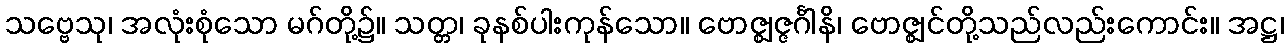
သဗ္ဗေသု၊ အလုံးစုံသော မဂ်တို့၌။ သတ္တ၊ ခုနစ်ပါးကုန်သော။ ဗောဇ္ဈဇ္ဇင်္ဂါနိ၊ ဗောဇ္ဈင်တို့သည်လည်းကောင်း။ အဋ္ဌ၊